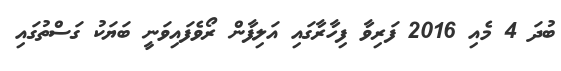
ބުދަ 4 މެއި 2016 ފަރިވާ ފިހާރާގައި އަލިފާން ރޯވެފައިވަނީ ބަޔަކު ގަސްތުގައި